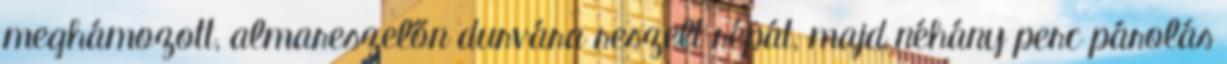
meghámozott, almareszelőn durvára reszelt répát, majd néhány perc párolás